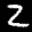
Label: 2